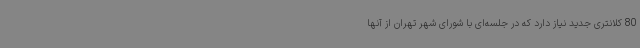
80 کلانتری جدید نیاز دارد که در جلسه‌ای با شورای شهر تهران از آنها